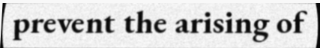
prevent the arising of